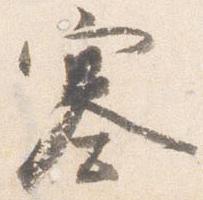
塞